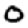
Digit: 0